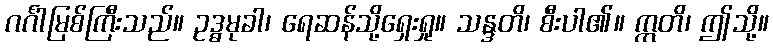
ဂင်္ဂါမြစ်ကြီးသည်။ ဥဒ္ဓမုခါ၊ ရေဆန်သို့ရှေးရှု။ သန္ဒတိ၊ စီးပါ၏။ ဣတိ၊ ဤသို့။